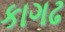
કાગઢ